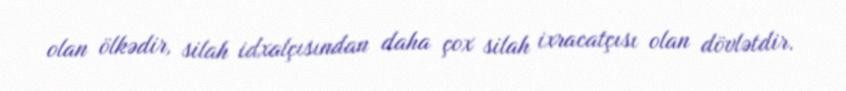
olan ölkədir, silah idxalçısından daha çox silah ixracatçısı olan dövlətdir.